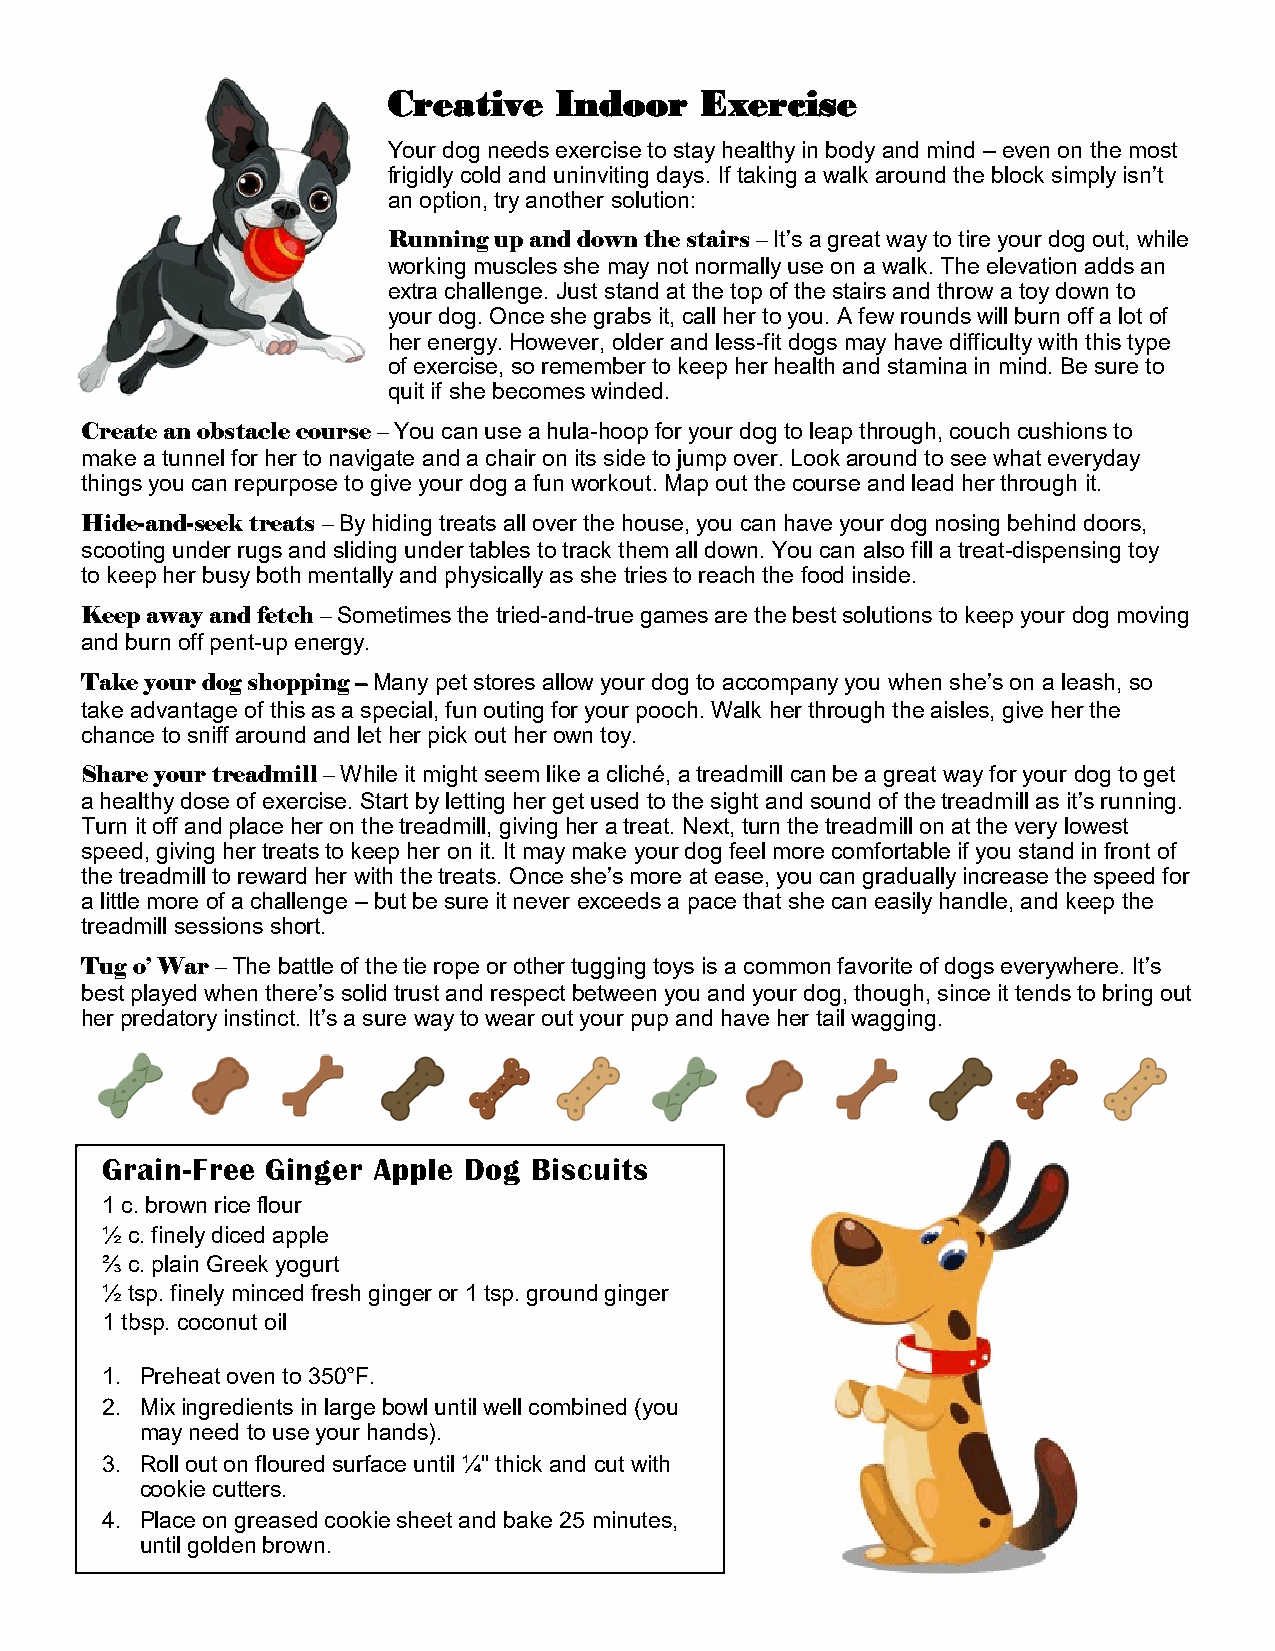
Creative   Indoor   Exercise
 Your dog needs exercise to stay healthy in body and mind – even on the most
 frigidly cold and uninviting days. If taking a walk around the block simply isn’t
 an option, try another solution:
 Running up and down the stairs – It’s a great way to tire your dog out, while
 working muscles she may not normally use on a walk. The elevation adds an
 extra challenge. Just stand at the top of the stairs and throw a toy down to
 your dog. Once she grabs it, call her to you. A few rounds will burn off a lot of
 her energy. However, older and less-fit dogs may have difficulty with this type
 of exercise, so remember to keep her health and stamina in mind. Be sure to
 quit if she becomes winded.
 Create an obstacle course – You can use a hula-hoop for your dog to leap through, couch cushions to
 make a tunnel for her to navigate and a chair on its side to jump over. Look around to see what everyday
 things you can repurpose to give your dog a fun workout. Map out the course and lead her through it.
 Hide-and-seek treats – By hiding treats all over the house, you can have your dog nosing behind doors,
 scooting under rugs and sliding under tables to track them all down. You can also fill a treat-dispensing toy
 to keep her busy both mentally and physically as she tries to reach the food inside.
 Keep away and fetch – Sometimes the tried-and-true games are the best solutions to keep your dog moving
 and burn off pent-up energy.
 Take your dog shopping – Many pet stores allow your dog to accompany you when she’s on a leash, so
 take advantage of this as a special, fun outing for your pooch. Walk her through the aisles, give her the
 chance to sniff around and let her pick out her own toy.
 Share your treadmill – While it might seem like a cliché, a treadmill can be a great way for your dog to get
 a healthy dose of exercise. Start by letting her get used to the sight and sound of the treadmill as it’s running.
 Turn it off and place her on the treadmill, giving her a treat. Next, turn the treadmill on at the very lowest
 speed, giving her treats to keep her on it. It may make your dog feel more comfortable if you stand in front of
 the treadmill to reward her with the treats. Once she’s more at ease, you can gradually increase the speed for
 a little more of a challenge – but be sure it never exceeds a pace that she can easily handle, and keep the
 treadmill sessions short.
 Tug o’ War – The battle of the tie rope or other tugging toys is a common favorite of dogs everywhere. It’s
 best played when there’s solid trust and respect between you and your dog, though, since it tends to bring out
 her predatory instinct. It’s a sure way to wear out your pup and have her tail wagging.
 Grain-Free Ginger Apple Dog Biscuits
 1 c. brown rice flour
 ½ c. finely diced apple
 ⅔ c. plain Greek yogurt
 ½ tsp. finely minced fresh ginger or 1 tsp. ground ginger
 1 tbsp. coconut oil
 1. Preheat oven to 350°F.
 2. Mix ingredients in large bowl until well combined (you
 may need to use your hands).
 3. Roll out on floured surface until ¼" thick and cut with
 cookie cutters.
 4. Place on greased cookie sheet and bake 25 minutes,
 until golden brown.